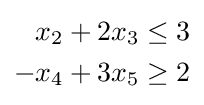
{\begin{aligned}x_{2}+2x_{3}&\leq 3\\-x_{4}+3x_{5}&\geq 2\end{aligned}}